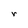
Character: r